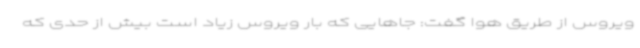
ویروس از طریق هوا گفت: جاهایی که بار ویروس زیاد است بیش از حدی که